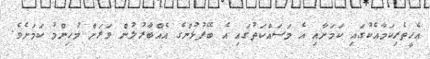
އެހީތެރިކަމާއެކުގައި ކަމަށާއި އެ މަސައްކަތުގައި އެ ބޭފުޅުންގެ އެއްބާރުލުން ވަރަށް މުހިންމު ކަމަށެވެ.